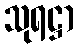
သုရဋ္ဌာ